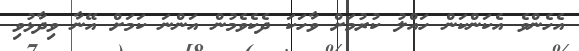
އެހެންވެ އެކަންކަން ހައްލު ކުރުމަށް ވާހަކަ ދެކެވެމުން އަންނަ ކަމަށް އޭނާ ވިދާޅުވި